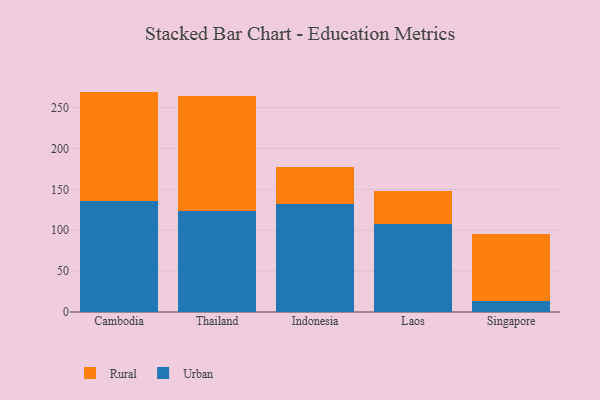
{"axis": {"x": "Country", "y": "Operating Costs (USD K)"}, "legend": ["Rural", "Urban"], "data": [{"x": "Cambodia", "y": 135.7, "type": "Urban"}, {"x": "Cambodia", "y": 133.8, "type": "Rural"}, {"x": "Thailand", "y": 123.4, "type": "Urban"}, {"x": "Thailand", "y": 140.2, "type": "Rural"}, {"x": "Indonesia", "y": 132.2, "type": "Urban"}, {"x": "Indonesia", "y": 45.6, "type": "Rural"}, {"x": "Laos", "y": 108.0, "type": "Urban"}, {"x": "Laos", "y": 39.8, "type": "Rural"}, {"x": "Singapore", "y": 13.4, "type": "Urban"}, {"x": "Singapore", "y": 81.4, "type": "Rural"}]}